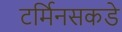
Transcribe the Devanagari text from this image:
टर्मिनसकडे